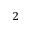
2